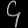
Digit: ၄